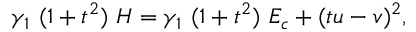
\gamma _ { 1 } ~ ( 1 + t ^ { 2 } ) ~ H = \gamma _ { 1 } ~ ( 1 + t ^ { 2 } ) ~ E _ { c } + ( t u - v ) ^ { 2 } ,